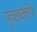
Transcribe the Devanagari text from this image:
पुच्छकपि